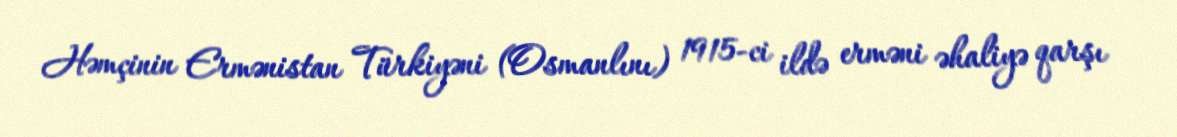
Həmçinin Ermənistan Türkiyəni (Osmanlını) 1915-ci ildə erməni əhaliyə qarşı